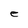
Character: e